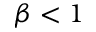
\beta < 1